Punjab Mental Hospital Lahore 1922-31 - 1922-1931
Year: 1922
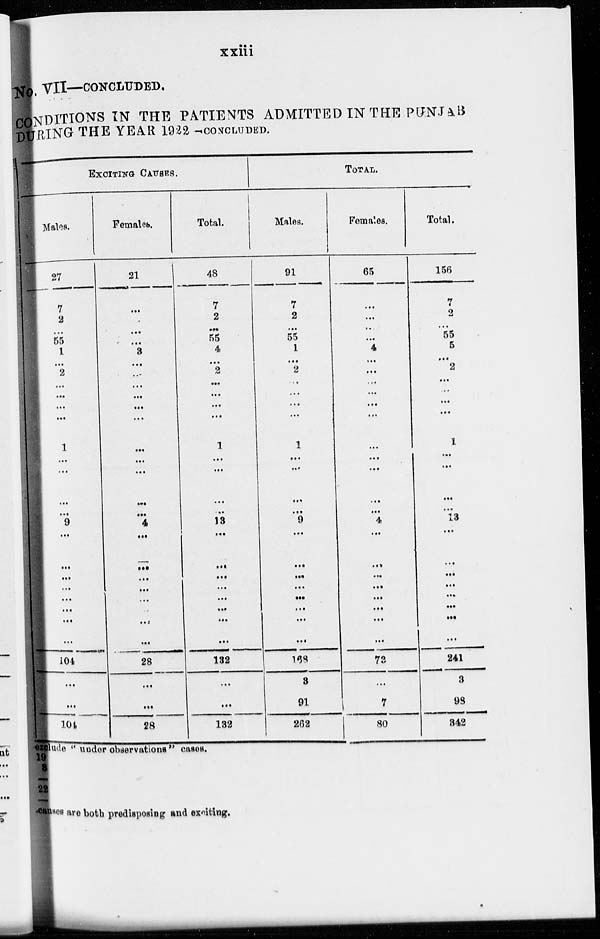
xxiii
No. VII—CONCLUDED.
CONDITIONS IN THE PATIENTS ADMITTED IN THE PUNJAB
DURING THE YEAR 1922 –– CONCLUDED.
EXCITING
CAUSES.
Males.
27
7
2
...
55
1
...
2
...
...
...
...
1
...
...
...
9
...
...
...
...
...
...
...
...
104
...
...
104
Females.
21
...
...
...
...
3
...
...
...
...
...
...
...
...
...
...
4
...
...
...
...
...
...
...
...
28
...
...
28
Total.
48
7
2
...
55
4
...
2
...
...
...
...
1
...
...
...
13
...
...
...
...
...
...
...
...
132
...
...
132
TOTAL.
Males.
91
7
2
...
55
1
...
2
...
...
...
...
1
...
...
...
9
...
...
...
...
...
...
...
...
168
3
91
262
Females.
65
...
...
...
...
4
...
...
...
...
...
...
...
...
...
...
4
...
...
...
...
...
...
...
...
73
...
7
80
Total.
156
7
2
...
55
5
...
2
...
...
...
...
1
...
...
...
13
...
...
...
...
...
...
...
...
241
3
98
342
exclude '' under observations" cases.
19
3
22
causes are both predisposing and exiting.